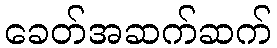
ခေတ်အဆက်ဆက်